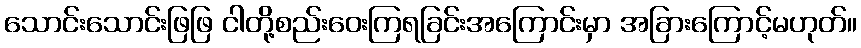
သောင်းသောင်းဖြဖြ ငါတို့စည်းဝေးကြရခြင်းအကြောင်းမှာ အခြားကြောင့်မဟုတ်။